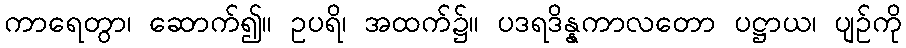
ကာရေတွာ၊ ဆောက်၍။ ဥပရိ၊ အထက်၌။ ပဒရဒိန္နကာလတော ပဋ္ဌာယ၊ ပျဉ်ကို